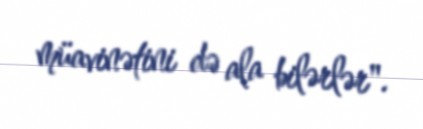
müavinətini də ala bilərlər".